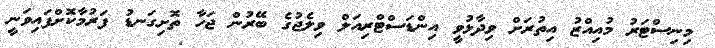
މިނިސްޓަރު މުއިއްޒު އިތުރަށް ވިދާޅުވީ އިންޑަސްޓްރިއަލް ވިލެޖުގެ ބޭރުން ޖަހާ ތޮށިގަނޑު ފަރުމާކޮށްފައިވަނީ